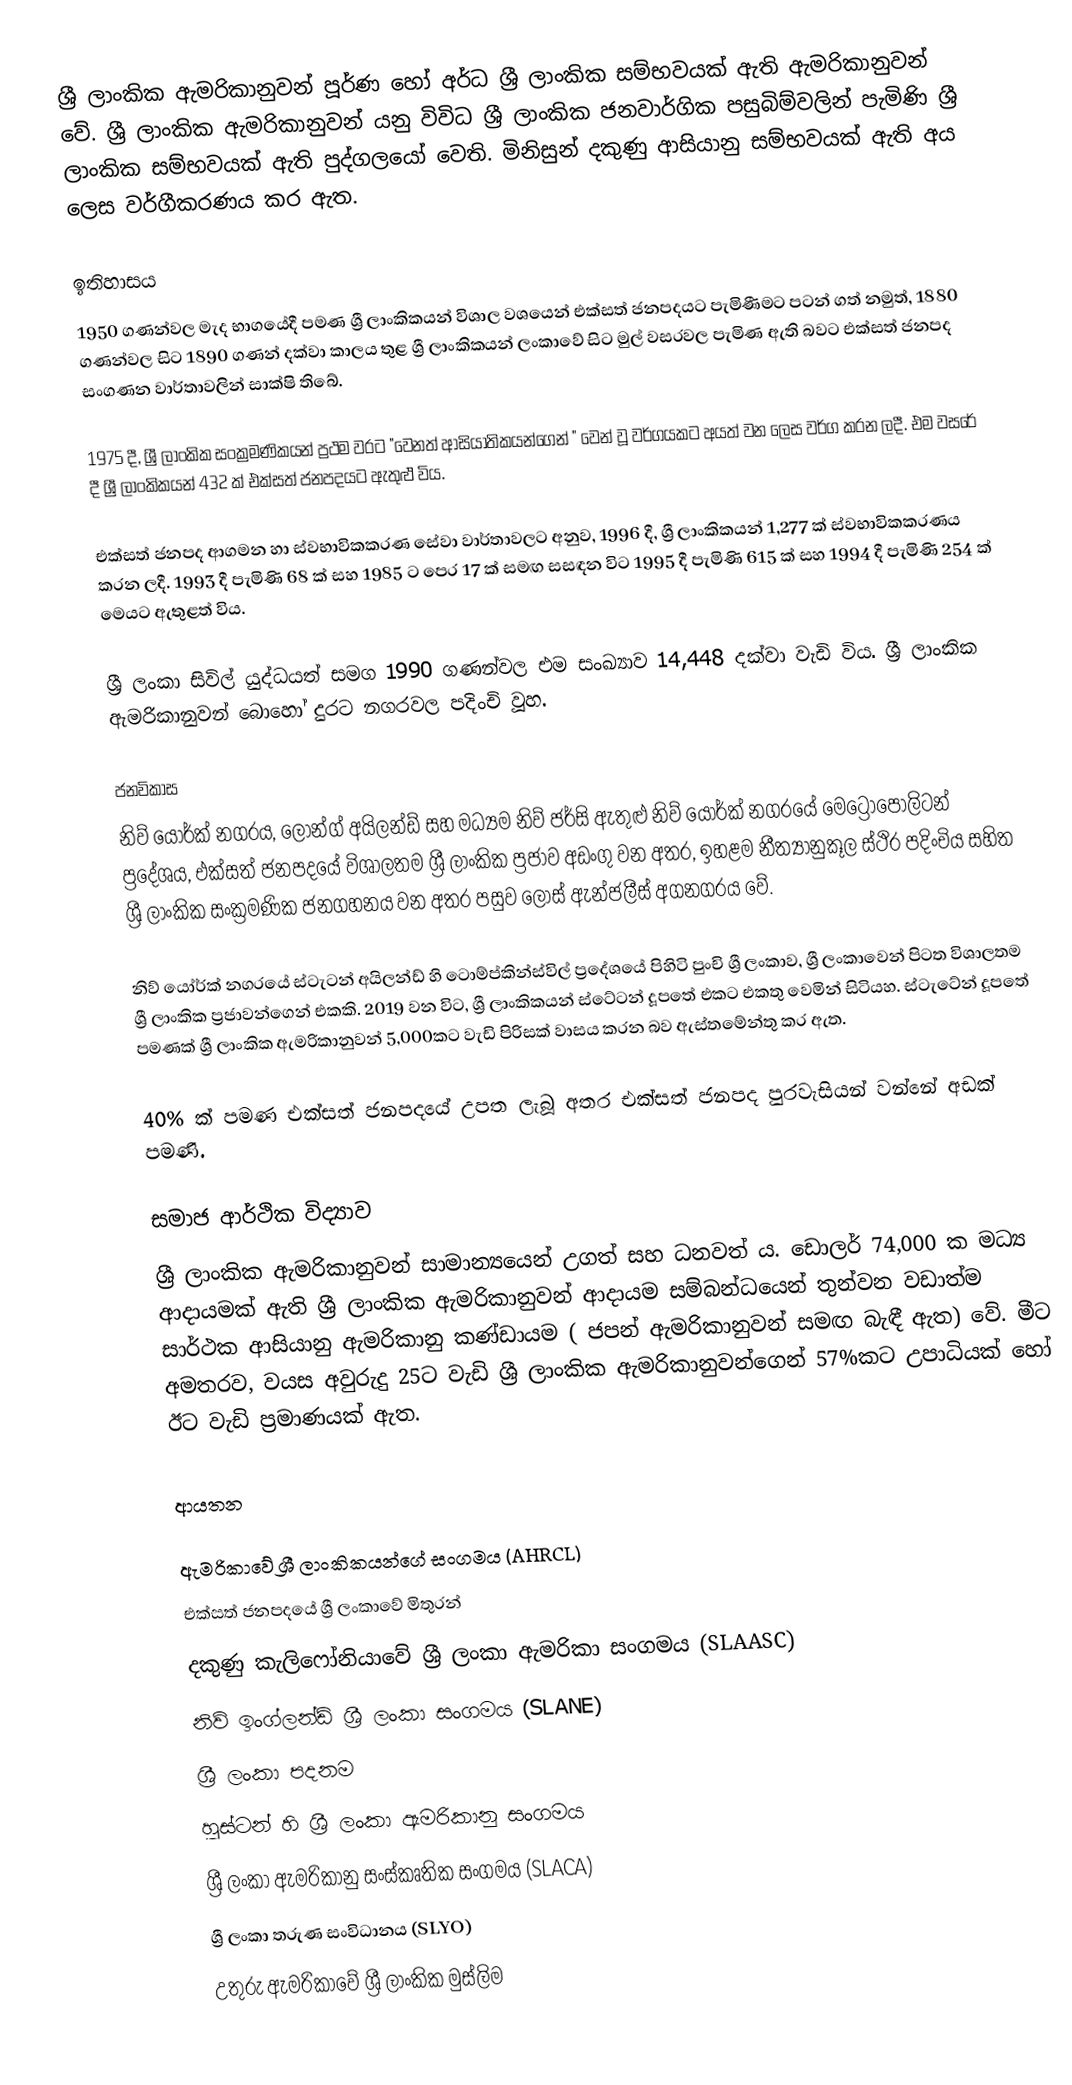
ශ්‍රී ලාංකික ඇමරිකානුවන් පූර්ණ හෝ අර්ධ ශ්‍රී ලාංකික සම්භවයක් ඇති ඇමරිකානුවන් වේ. ශ්‍රී ලාංකික ඇමරිකානුවන් යනු විවිධ ශ්‍රී ලාංකික ජනවාර්ගික පසුබිම්වලින් පැමිණි ශ්‍රී ලාංකික සම්භවයක් ඇති පුද්ගලයෝ වෙති. මිනිසුන් දකුණු ආසියානු සම්භවයක් ඇති අය ලෙස වර්ගීකරණය කර ඇත.

ඉතිහාසය
1950 ගණන්වල මැද භාගයේදී පමණ ශ්‍රී ලාංකිකයන් විශාල වශයෙන් එක්සත් ජනපදයට පැමිණීමට පටන් ගත් නමුත්, 1880 ගණන්වල සිට 1890 ගණන් දක්වා කාලය තුළ ශ්‍රී ලාංකිකයන් ලංකාවේ සිට මුල් වසරවල පැමිණ ඇති බවට එක්සත් ජනපද සංගණන වාර්තාවලින් සාක්ෂි තිබේ.

1975 දී, ශ්‍රී ලාංකික සංක්‍රමණිකයන් ප්‍රථම වරට "වෙනත් ආසියාතිකයන්ගෙන් " වෙන් වූ වර්ගයකට අයත් වන ලෙස වර්ග කරන ලදී. එම වසරේ දී ශ්‍රී ලාංකිකයන් 432 ක් එක්සත් ජනපදයට ඇතුළු විය.

එක්සත් ජනපද ආගමන හා ස්වභාවිකකරණ සේවා වාර්තාවලට අනුව, 1996 දී, ශ්‍රී ලාංකිකයන් 1,277 ක් ස්වභාවිකකරණය කරන ලදී. 1993 දී පැමිණි 68 ක් සහ 1985 ට පෙර 17 ක් සමඟ සසඳන විට 1995 දී පැමිණි 615 ක් සහ 1994 දී පැමිණි 254 ක් මෙයට ඇතුළත් විය.

ශ්‍රී ලංකා සිවිල් යුද්ධයත් සමග 1990 ගණන්වල එම සංඛ්‍යාව 14,448 දක්වා වැඩි විය. ශ්‍රී ලාංකික ඇමරිකානුවන් බොහෝ දුරට නගරවල පදිංචි වූහ.

ජනවිකාස
නිව් යෝර්ක් නගරය, ලෝන්ග් අයිලන්ඩ් සහ මධ්‍යම නිව් ජර්සි ඇතුළු නිව් යෝර්ක් නගරයේ මෙට්‍රොපොලිටන් ප්‍රදේශය, එක්සත් ජනපදයේ විශාලතම ශ්‍රී ලාංකික ප්‍රජාව අඩංගු වන අතර, ඉහළම නීත්‍යානුකූල ස්ථිර පදිංචිය සහිත ශ්‍රී ලාංකික සංක්‍රමණික ජනගහනය වන අතර පසුව ලොස් ඇන්ජලීස් අගනගරය වේ.

නිව් යෝර්ක් නගරයේ ස්ටැටන් අයිලන්ඩ් හි ටොම්ප්කින්ස්විල් ප්‍රදේශයේ පිහිටි පුංචි ශ්‍රී ලංකාව, ශ්‍රී ලංකාවෙන් පිටත විශාලතම ශ්‍රී ලාංකික ප්‍රජාවන්ගෙන් එකකි. 2019 වන විට, ශ්‍රී ලාංකිකයන් ස්ටේටන් දූපතේ එකට එකතු වෙමින් සිටියහ. ස්ටැටේන් දූපතේ පමණක් ශ්‍රී ලාංකික ඇමරිකානුවන් 5,000කට වැඩි පිරිසක් වාසය කරන බව ඇස්තමේන්තු කර ඇත.

40% ක් පමණ එක්සත් ජනපදයේ උපත ලැබූ අතර එක්සත් ජනපද පුරවැසියන් වන්නේ අඩක් පමණි.

සමාජ ආර්ථික විද්‍යාව
ශ්‍රී ලාංකික ඇමරිකානුවන් සාමාන්‍යයෙන් උගත් සහ ධනවත් ය. ඩොලර් 74,000 ක මධ්‍ය ආදායමක් ඇති ශ්‍රී ලාංකික ඇමරිකානුවන් ආදායම සම්බන්ධයෙන් තුන්වන වඩාත්ම සාර්ථක ආසියානු ඇමරිකානු කණ්ඩායම ( ජපන් ඇමරිකානුවන් සමඟ බැඳී ඇත) වේ. මීට අමතරව, වයස අවුරුදු 25ට වැඩි ශ්‍රී ලාංකික ඇමරිකානුවන්ගෙන් 57%කට උපාධියක් හෝ ඊට වැඩි ප්‍රමාණයක් ඇත.

ආයතන

 ඇමරිකාවේ ශ්‍රී ලාංකිකයන්ගේ සංගමය (AHRCL)
 එක්සත් ජනපදයේ ශ්‍රී ලංකාවේ මිතුරන්
 දකුණු කැලිෆෝනියාවේ ශ්‍රී ලංකා ඇමරිකා සංගමය (SLAASC)
 නිව් ඉංග්ලන්ඩ් ශ්‍රී ලංකා සංගමය (SLANE)
 ශ්‍රී ලංකා පදනම
 හූස්ටන් හි ශ්‍රී ලංකා ඇමරිකානු සංගමය
 ශ්‍රී ලංකා ඇමරිකානු සංස්කෘතික සංගමය (SLACA)
 ශ්‍රී ලංකා තරුණ සංවිධානය (SLYO)
 උතුරු ඇමරිකාවේ ශ්‍රී ලාංකික මුස්ලිම